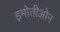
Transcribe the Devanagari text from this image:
इमोतीओन